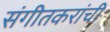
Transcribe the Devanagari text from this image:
संगीतकरांची